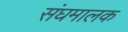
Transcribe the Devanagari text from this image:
संघमालक